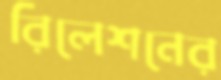
রিলেশনের